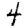
Digit: 4